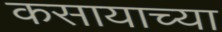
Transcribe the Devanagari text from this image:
कसायाच्या